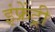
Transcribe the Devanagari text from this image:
इंफ्रेंट्री